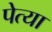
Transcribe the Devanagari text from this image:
पेत्या